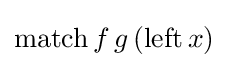
\mathrm {match} \,f\,g\,(\mathrm {left} \,x)